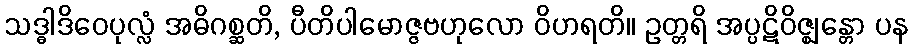
သဒ္ဓါဒိဝေပုလ္လံ အဓိဂစ္ဆတိ, ပီတိပါမောဇ္ဇဗဟုလော ဝိဟရတိ။ ဥတ္တရိ အပ္ပဋိဝိဇ္ဈန္တော ပန